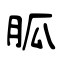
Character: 胍